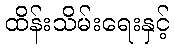
ထိန်းသိမ်းရေးနှင့်